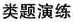
类题演练